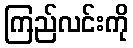
ကြည်လင်းကို